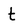
Character: t